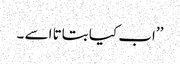
’’اب کیا بتاتا اسے ۔